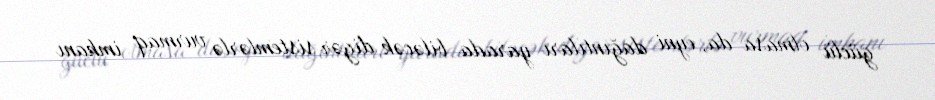
güclü olmasa da, eyni dağıntıları yarada biləcək digər sistemlərlə vurmaq imkanı